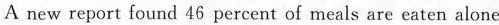
A new report found 46 percent of meals are eaten alone